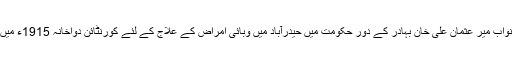
آصف جاه سابع نواب میر عثمان علی خان بہادر کے دور حکومت میں حیدرآباد میں وبائی امراض کے علاج کے لئے کورنٹائن دواخانہ 1915ء میں قائم کیا گیا تھا۔